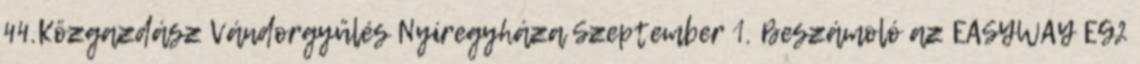
44.Közgazdász Vándorgyűlés Nyíregyháza Szeptember 1. Beszámoló az EASYWAY EG2